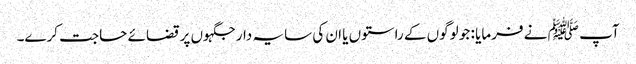
آپ ﷺ نے فرمایا : جو لوگوں کے راستوں یا ان کی سایہ دار جگہوں پر قضائے حاجت کرے۔